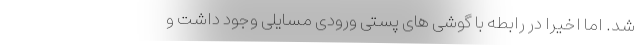
شد. اما اخیرا در رابطه با گوشی های پستی ورودی مسایلی وجود داشت و